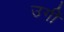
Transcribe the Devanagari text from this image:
उगीं